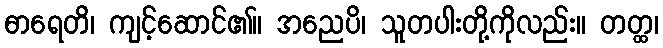
ဓာရေတိ၊ ကျင့်ဆောင်၏။ အညေပိ၊ သူတပါးတို့ကိုလည်း။ တတ္ထ၊